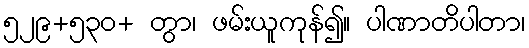
၅၂၉+၅၃၀+ တွာ၊ ဖမ်းယူကုန်၍။ ပါဏာတိပါတာ၊